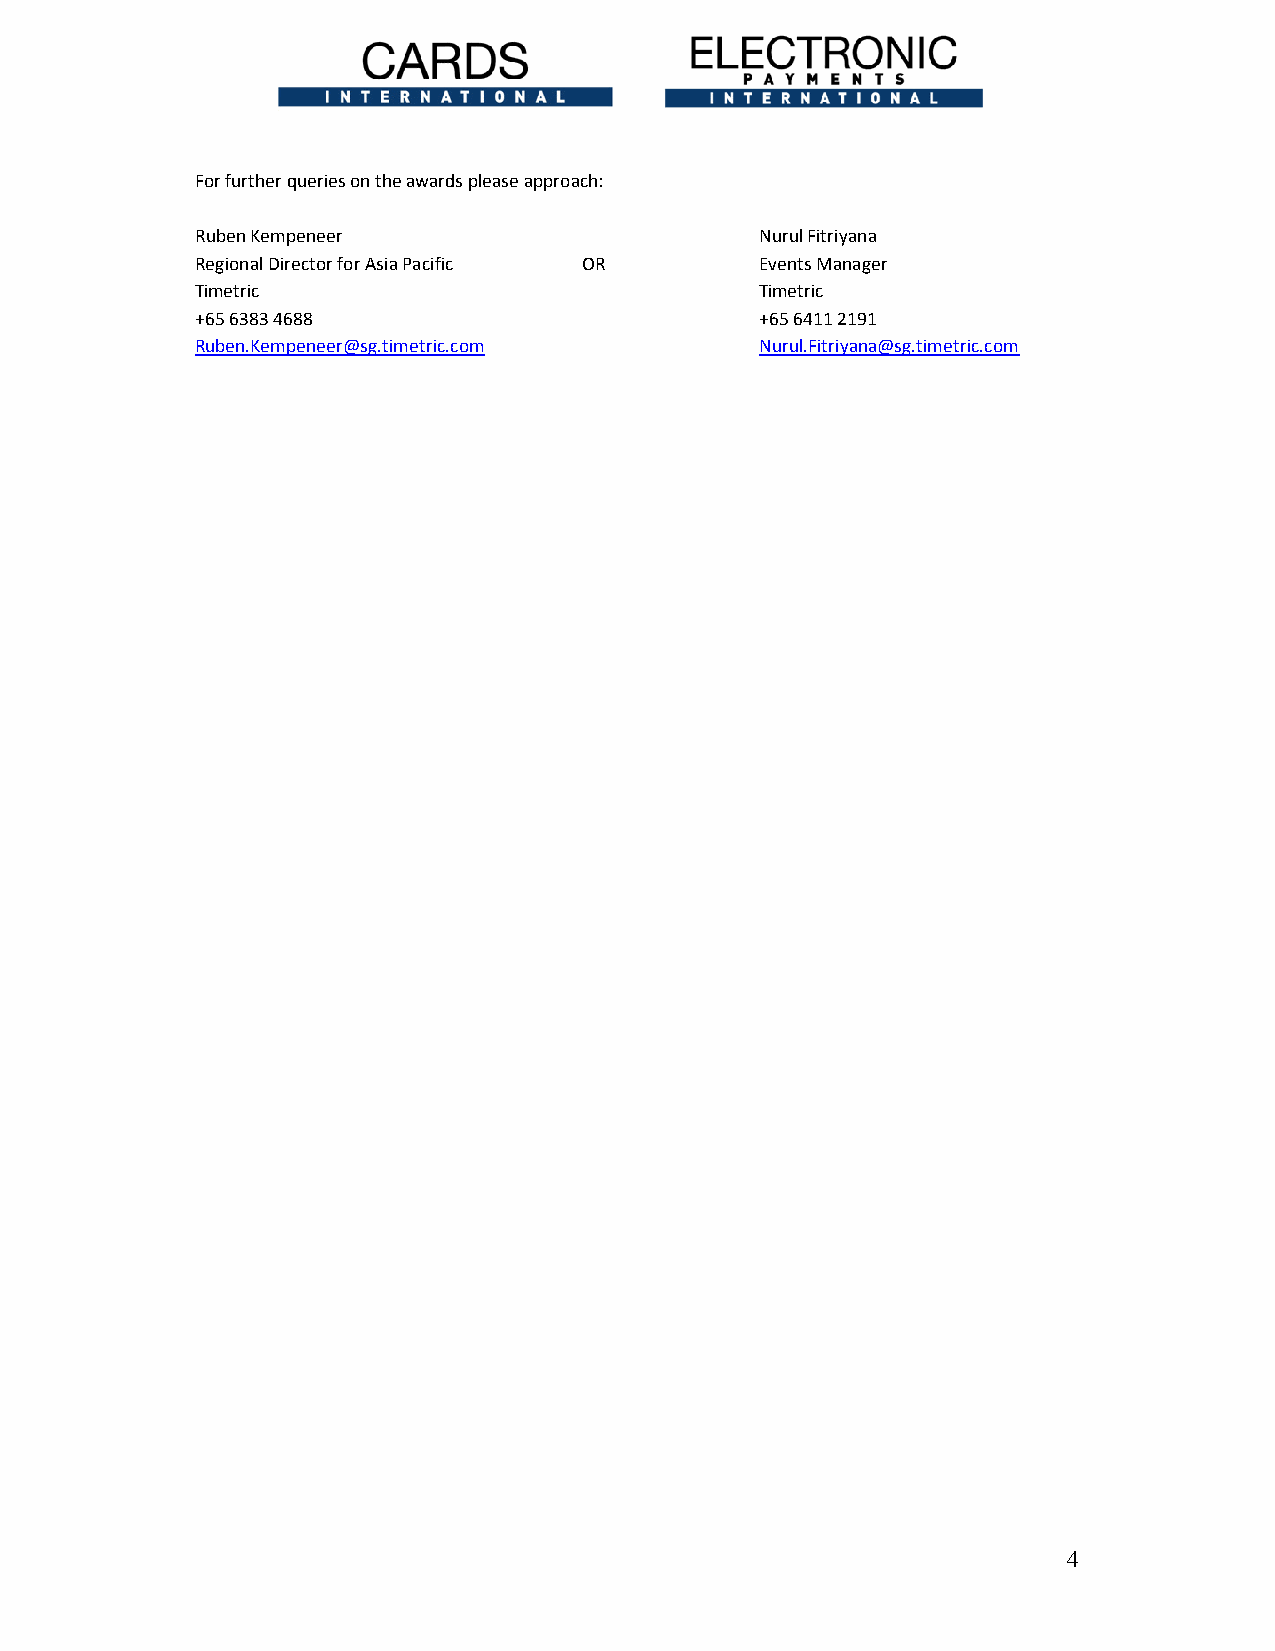
For further queries on the awards please approach:
 Ruben Kempeneer                      Nurul Fitriyana
 Regional Director for Asia Pacific OR Events Manager
 Timetric                             Timetric
 +65 6383 4688                        +65 6411 2191
 Ruben.Kempeneer@sg.timetric.com      Nurul.Fitriyana@sg.timetric.com
 4